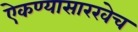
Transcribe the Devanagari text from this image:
ऐकण्यासारखेच